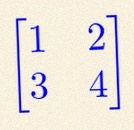
\begin{bmatrix}1&2\\3&4\end{bmatrix}